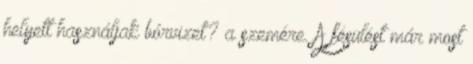
helyett használjak bórvizet? a szemére. A fésülést már most